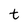
Character: t